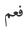
فعم